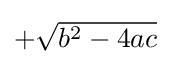
\textstyle +{\sqrt {b^{2}-4ac}}